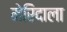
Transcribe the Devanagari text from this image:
मेरिदाला